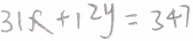
3 1 x + 1 2 y = 3 4 7